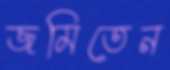
জমিতেন